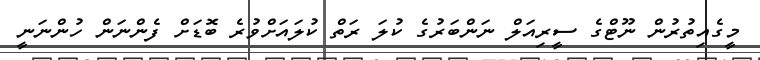
މީގެއިތުރުން ނޫޓްގެ ސީރިއަލް ނަންބަރުގެ ކުލަ ރަތް ކުލައަށްވުރެ ބޮޑަށް ފެންނަން ހުންނަނީ